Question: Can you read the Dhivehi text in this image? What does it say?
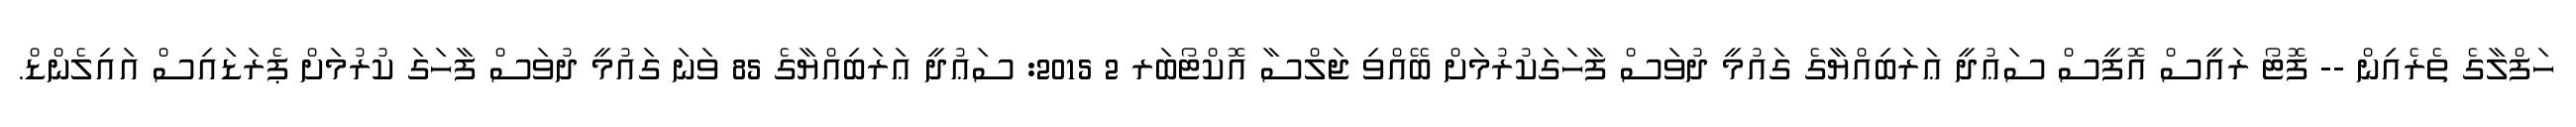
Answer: ހަފްލާގެ ތެރެއިން -- ފޮޓޯ ރައީސް އޮފީސް ސަޢުދީ ޢަރަބިއްޔާގެ ގައުމީ ދުވަސް ފާހަގަކުރުމަށް ބޭއްވި ޖަލްސާ އޮކްޓޯބަރ 2 2015: ސަޢުދީ ޢަރަބިއްޔާގެ 85 ވަނަ ގައުމީ ދުވަސް ފާހަގަ ކުރުމަށް ޕެރަޑައިސް އައިލެންޑް.